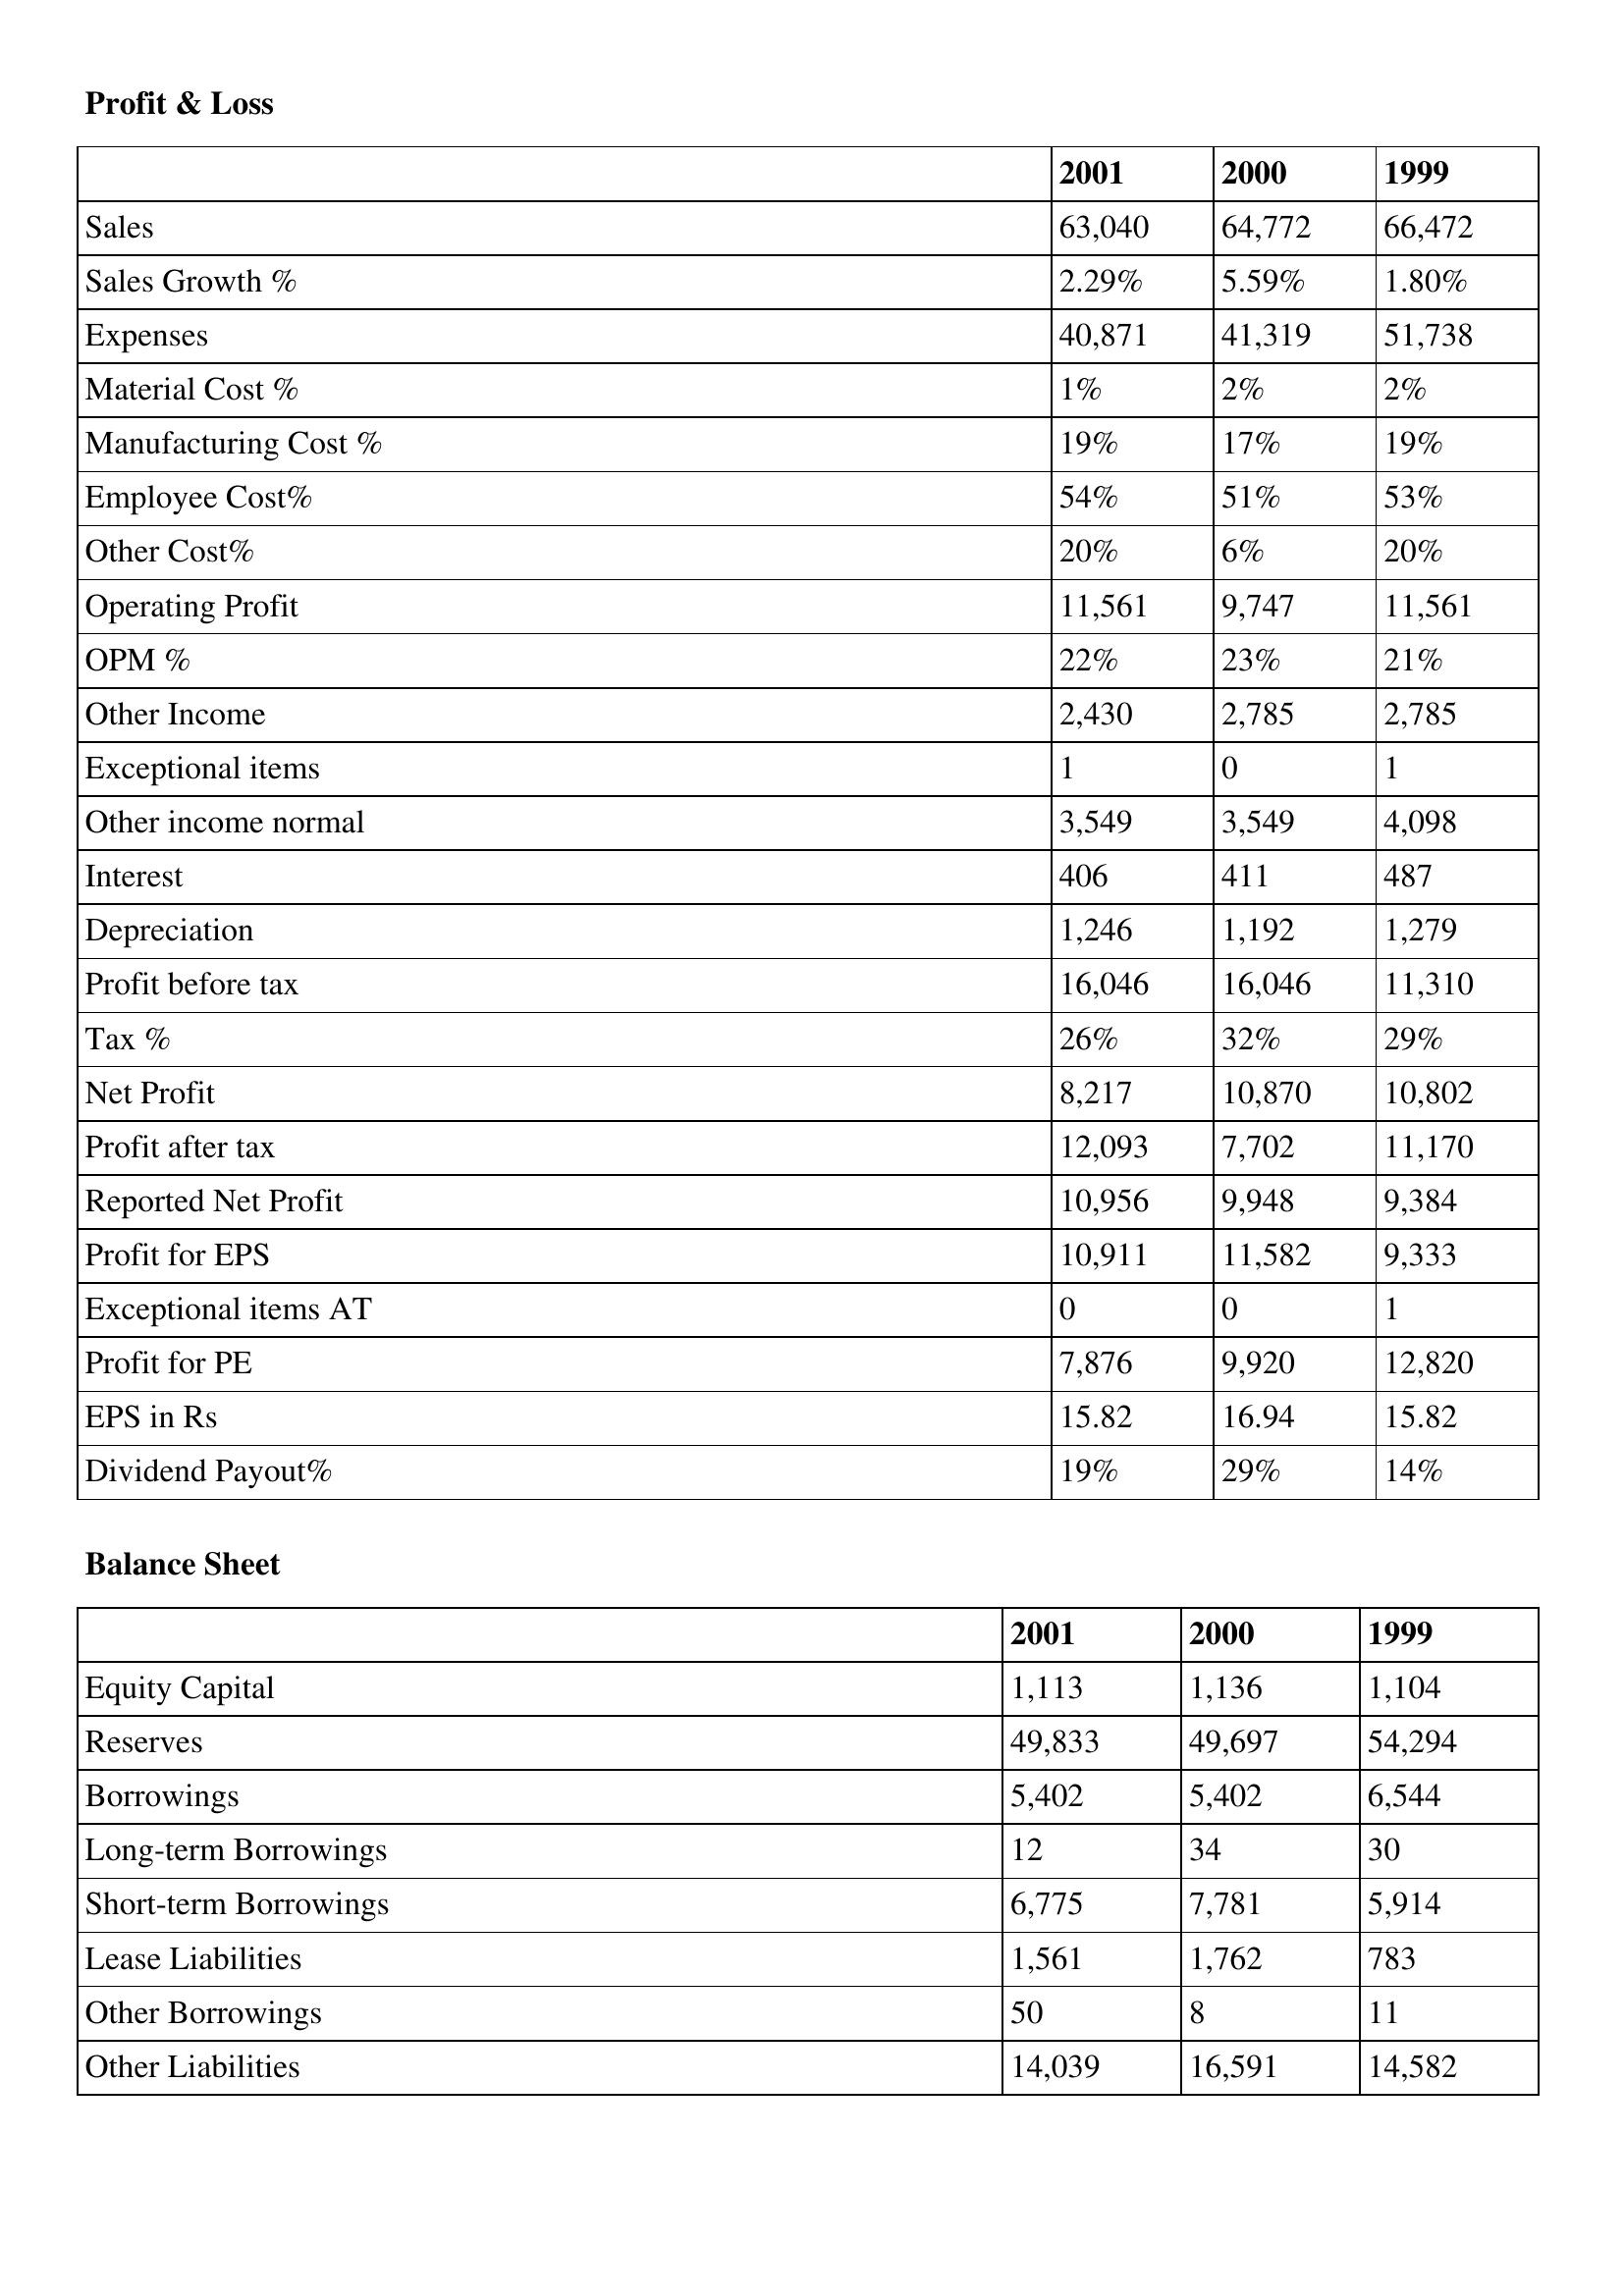
gt_parse: 2001: Profit & Loss: Sales: 63,040
Sales Growth %: 2.29%
Expenses: 40,871
Material Cost %: 1%
Manufacturing Cost %: 19%
Employee Cost%: 54%
Other Cost%: 20%
Operating Profit: 11,561
OPM %: 22%
Other Income: 2,430
Exceptional items: 1
Other income normal: 3,549
Interest: 406
Depreciation: 1,246
Profit before tax: 16,046
Tax %: 26%
Net Profit: 8,217
Profit after tax: 12,093
Reported Net Profit: 10,956
Profit for EPS: 10,911
Exceptional items AT: 0
Profit for PE: 7,876
EPS in Rs: 15.82
Dividend Payout%: 19%
Balance Sheet: Equity Capital: 1,113
Reserves: 49,833
Borrowings: 5,402
Long-term Borrowings: 12
Short-term Borrowings: 6,775
Lease Liabilities: 1,561
Other Borrowings: 50
Other Liabilities: 14,039
2000: Profit & Loss: Sales: 64,772
Sales Growth %: 5.59%
Expenses: 41,319
Material Cost %: 2%
Manufacturing Cost %: 17%
Employee Cost%: 51%
Other Cost%: 6%
Operating Profit: 9,747
OPM %: 23%
Other Income: 2,785
Exceptional items: 0
Other income normal: 3,549
Interest: 411
Depreciation: 1,192
Profit before tax: 16,046
Tax %: 32%
Net Profit: 10,870
Profit after tax: 7,702
Reported Net Profit: 9,948
Profit for EPS: 11,582
Exceptional items AT: 0
Profit for PE: 9,920
EPS in Rs: 16.94
Dividend Payout%: 29%
Balance Sheet: Equity Capital: 1,136
Reserves: 49,697
Borrowings: 5,402
Long-term Borrowings: 34
Short-term Borrowings: 7,781
Lease Liabilities: 1,762
Other Borrowings: 8
Other Liabilities: 16,591
1999: Profit & Loss: Sales: 66,472
Sales Growth %: 1.80%
Expenses: 51,738
Material Cost %: 2%
Manufacturing Cost %: 19%
Employee Cost%: 53%
Other Cost%: 20%
Operating Profit: 11,561
OPM %: 21%
Other Income: 2,785
Exceptional items: 1
Other income normal: 4,098
Interest: 487
Depreciation: 1,279
Profit before tax: 11,310
Tax %: 29%
Net Profit: 10,802
Profit after tax: 11,170
Reported Net Profit: 9,384
Profit for EPS: 9,333
Exceptional items AT: 1
Profit for PE: 12,820
EPS in Rs: 15.82
Dividend Payout%: 14%
Balance Sheet: Equity Capital: 1,104
Reserves: 54,294
Borrowings: 6,544
Long-term Borrowings: 30
Short-term Borrowings: 5,914
Lease Liabilities: 783
Other Borrowings: 11
Other Liabilities: 14,582